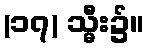
(၁၇) သ္မီး၌။